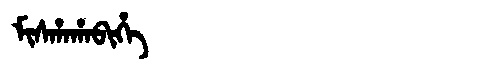
Manchu: ᠮᡳᠰᡥᠠᡥᠠᠪᡳᡥᡝ
Romanization: MISHAHABIHE